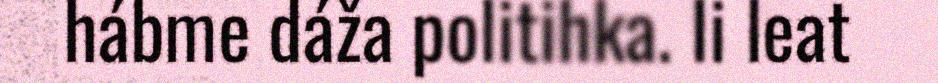
hábme dáža politihka. Ii leat